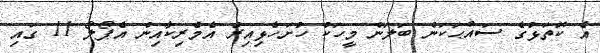
އެ ކޮތަޅުގެ ސައްޙަކަން ބަލަން މީހަކު ހުށަހެޅިއިރު އެމެރިކާއިން އެޕޯލޯ 11 ގައި